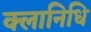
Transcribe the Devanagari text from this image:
क्लानिधि